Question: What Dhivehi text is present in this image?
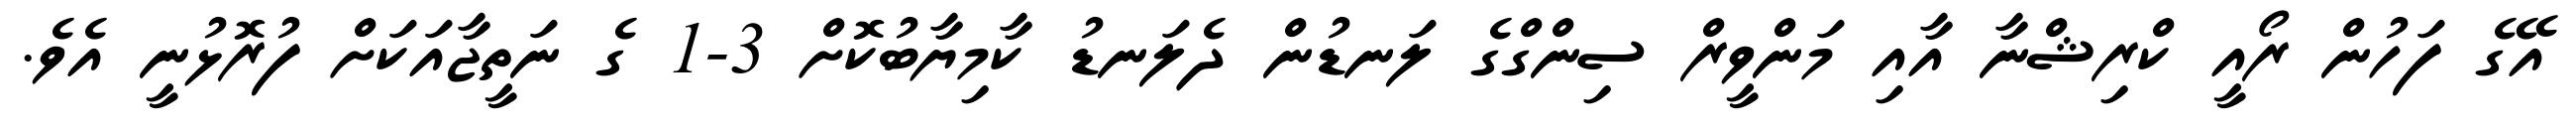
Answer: އޭގެ ފަހުން ރޯއީ ކްރިޝްނާ އާއި މަންވީރް ސިންގްގެ ލަނޑުން ދެލަނޑު ކާމިޔާބުކޮށް 3-1 ގެ ނަތީޖާއަކަށް ފުރޮޅުނީ އެވެ.